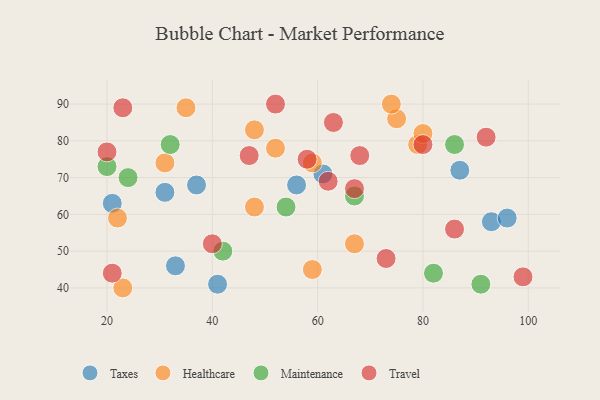
{"axis": {"x": "GDP", "y": "Life Expectancy"}, "legend": ["Healthcare", "Maintenance", "Taxes", "Travel"], "data": [{"x": "61", "y": 71, "type": "Taxes"}, {"x": "93", "y": 58, "type": "Taxes"}, {"x": "87", "y": 72, "type": "Taxes"}, {"x": "33", "y": 46, "type": "Taxes"}, {"x": "41", "y": 41, "type": "Taxes"}, {"x": "96", "y": 59, "type": "Taxes"}, {"x": "56", "y": 68, "type": "Taxes"}, {"x": "21", "y": 63, "type": "Taxes"}, {"x": "37", "y": 68, "type": "Taxes"}, {"x": "31", "y": 66, "type": "Taxes"}, {"x": "23", "y": 40, "type": "Healthcare"}, {"x": "59", "y": 45, "type": "Healthcare"}, {"x": "22", "y": 59, "type": "Healthcare"}, {"x": "79", "y": 79, "type": "Healthcare"}, {"x": "48", "y": 83, "type": "Healthcare"}, {"x": "59", "y": 74, "type": "Healthcare"}, {"x": "75", "y": 86, "type": "Healthcare"}, {"x": "80", "y": 82, "type": "Healthcare"}, {"x": "52", "y": 78, "type": "Healthcare"}, {"x": "31", "y": 74, "type": "Healthcare"}, {"x": "67", "y": 52, "type": "Healthcare"}, {"x": "35", "y": 89, "type": "Healthcare"}, {"x": "48", "y": 62, "type": "Healthcare"}, {"x": "74", "y": 90, "type": "Healthcare"}, {"x": "82", "y": 44, "type": "Maintenance"}, {"x": "32", "y": 79, "type": "Maintenance"}, {"x": "20", "y": 73, "type": "Maintenance"}, {"x": "91", "y": 41, "type": "Maintenance"}, {"x": "54", "y": 62, "type": "Maintenance"}, {"x": "67", "y": 65, "type": "Maintenance"}, {"x": "86", "y": 79, "type": "Maintenance"}, {"x": "24", "y": 70, "type": "Maintenance"}, {"x": "42", "y": 50, "type": "Maintenance"}, {"x": "67", "y": 67, "type": "Travel"}, {"x": "99", "y": 43, "type": "Travel"}, {"x": "47", "y": 76, "type": "Travel"}, {"x": "40", "y": 52, "type": "Travel"}, {"x": "52", "y": 90, "type": "Travel"}, {"x": "23", "y": 89, "type": "Travel"}, {"x": "21", "y": 44, "type": "Travel"}, {"x": "63", "y": 85, "type": "Travel"}, {"x": "20", "y": 77, "type": "Travel"}, {"x": "86", "y": 56, "type": "Travel"}, {"x": "80", "y": 79, "type": "Travel"}, {"x": "62", "y": 69, "type": "Travel"}, {"x": "92", "y": 81, "type": "Travel"}, {"x": "73", "y": 48, "type": "Travel"}, {"x": "68", "y": 76, "type": "Travel"}, {"x": "58", "y": 75, "type": "Travel"}]}